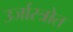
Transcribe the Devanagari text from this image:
उर्जास्त्रोत